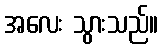
အလေး သွားသည်။